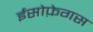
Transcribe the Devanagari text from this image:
ईसोफ़ेगस